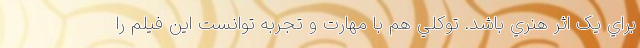
براي يک اثر هنري باشد. توکلي هم با مهارت و تجربه توانست اين فيلم را